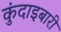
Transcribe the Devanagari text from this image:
कुंदाइबारी